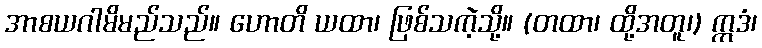
အာစယဂါမိမည်သည်။ ဟောတိ ယထာ၊ ဖြစ်သကဲ့သို့။ (တထာ၊ ထို့အတူ၊) ဣဒံ၊